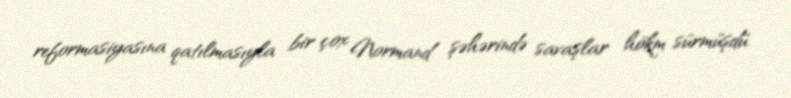
reformasiyasına qatılmasıyla bir çox Normand şəhərində savaşlar hökm sürmüşdü.